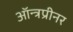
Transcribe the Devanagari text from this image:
ऑन्त्रप्रीनर